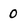
Character: 0